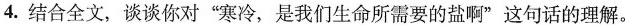
4.结合全文，谈谈你对”寒冷，是我们生命所需要的盐啊”这句话的理解。